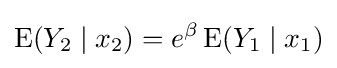
\operatorname {E} (Y_{2}\mid x_{2})=e^{\beta }\operatorname {E} (Y_{1}\mid x_{1})